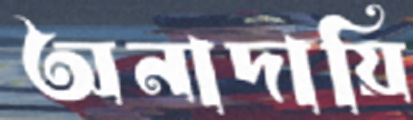
অনাদায়ি